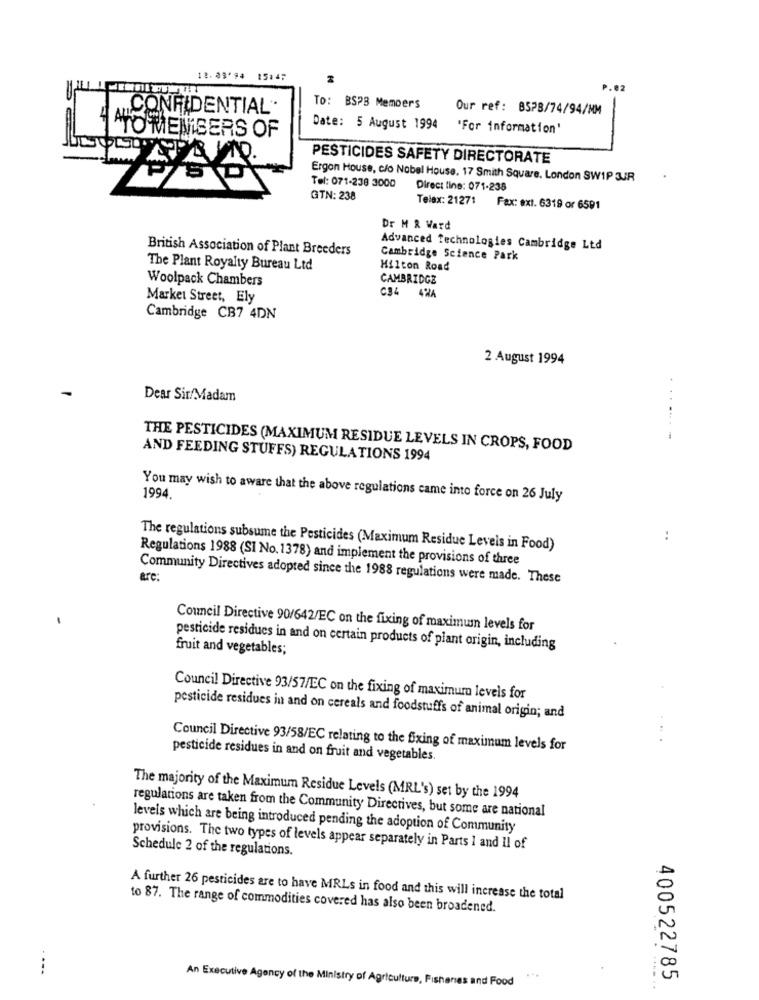
18.03'94
15:45
14
P.02
CONFIDENTIAL.
To: BSP3 Members
Our ref: 8528/74/94/MM
Date: 5 August 1994
'For information'
ATO MENNISERS OF
PESTICIDES SAFETY DIRECTORATE
Ergon House, c/o Nobel House, 17 Smith Square. London SWIP JUR
Tel: 071-238 3000
Direct line: 071-238
GTN: 238
Telex: 21271 Fax: ext. 6319 or 6591
Dr M R Ward
British Association of Plant Breeders
Advanced Technologies Cambridge Ltd
Cambridge Science Park
The Plant Royalty Bureau Ltd
Hilton Road
Woolpack Chambers
CAMBRIDGE
Market Street, Ely
C34 4%A
Cambridge CB7 4DN
2 August 1994
Dear Sir/Madam
THE PESTICIDES (MAXIMUM RESIDUE LEVELS IN CROPS, FOOD
AND FEEDING STUFFS) REGULATIONS 1994
You may wish to aware that the above regulations came into force on 26 July
1994.
:
The regulations subsume the Pesticides (Maximum Residue Levels in Food)
Regulations 1988 (SI No. 1378) and implement the provisions of three
Community Directives adopted since the 1988 regulations were made. These
are:
Council Directive 90/642/EC on the fixing of maximum levels for
fruit and vegetables;
pesticide residues in and on certain products of plant origin, including
Council Directive 93/57/EC on the fixing of maximum levels for
pesticide residues in and on cereals and foodstuffs of animal origin; and
Council Directive 93/58/EC relating to the fixing of maximum levels for
pesticide residues in and on fruit and vegetables.
The majority of the Maximum Residue Levels (MRL's) set by the 1994
regulations are taken from the Community Directives, but some are national
levels which are being introduced pending the adoption of Community
provisions. The two types of levels appear separately in Parts 1 and Il of
Schedule 2 of the regulations.
A further 26 pesticides are to have MRLs in food and this will increase the total
to 87. The range of commodities covered has also been broadened.
----
An Executive Agency of the Ministry of Agriculture, Fisheries and Food
400522785